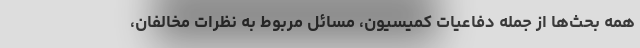
همه بحث‌ها از جمله دفاعیات کمیسیون، مسائل مربوط به نظرات مخالفان،